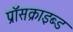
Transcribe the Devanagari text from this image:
प्रॉसक्राइब्ड